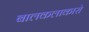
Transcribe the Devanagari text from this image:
बालकलाकारो